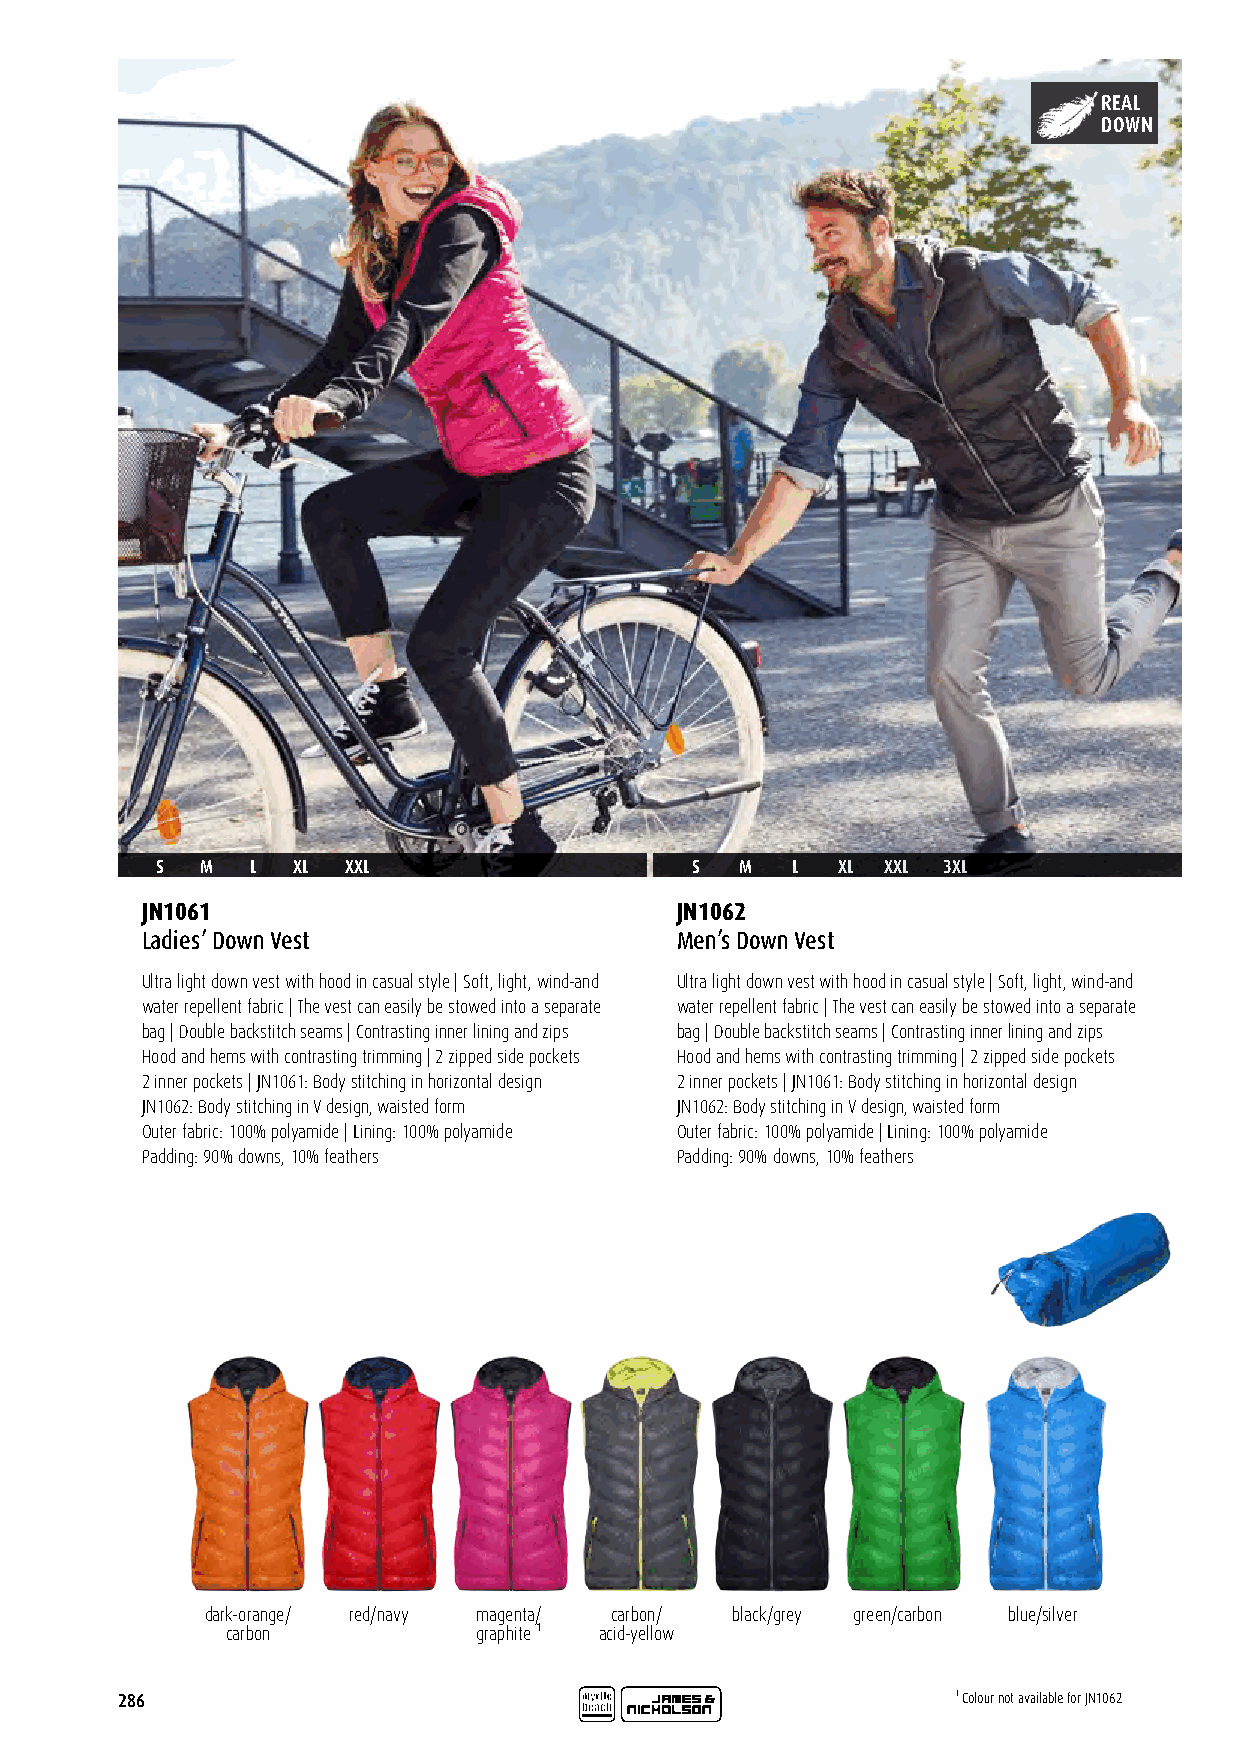
REAL
 DOWN
 S  M   L XL  XXL                    S  M  L  XL  XXL 3XL
 JN1061                              JN1062
 Ladies’ Down Vest                   Men’s Down Vest
 Ultra light down vest with hood in casual style | Soft, light, wind-and Ultra light down vest with hood in casual style | Soft, light, wind-and
 water repellent fabric | The vest can easily be stowed into a separate water repellent fabric | The vest can easily be stowed into a separate
 bag | Double backstitch seams | Contrasting inner lining and zips bag | Double backstitch seams | Contrasting inner lining and zips
 Hood and hems with contrasting trimming | 2 zipped side pockets Hood and hems with contrasting trimming | 2 zipped side pockets
 2 inner pockets | JN1061: Body stitching in horizontal design 2 inner pockets | JN1061: Body stitching in horizontal design
 JN1062: Body stitching in V design, waisted form JN1062: Body stitching in V design, waisted form
 Outer fabric: 100% polyamide | Lining: 100% polyamide Outer fabric: 100% polyamide | Lining: 100% polyamide
 Padding: 90% downs, 10% feathers    Padding: 90% downs, 10% feathers
 dark-orange/ red/navy magenta/ carbon/ black/grey green/carbon blue/silver
 carbon           graphite ¹ acid-yellow
 286                                                    ¹ Colour not available for JN1062